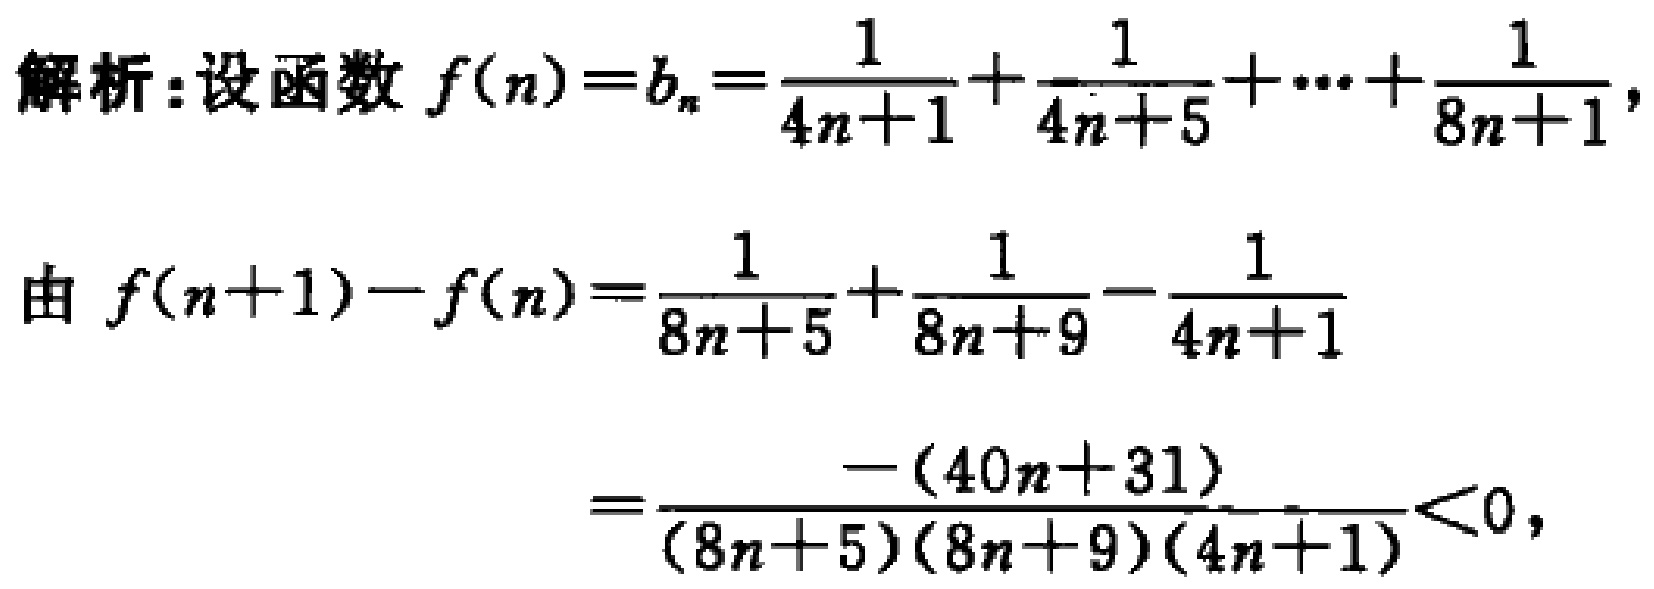
解析：设函数 \(f(n)=b_{n}=\frac{1}{4n + 1}+\frac{1}{4n + 5}+\cdots+\frac{1}{8n + 1}\)，
由 \(f(n + 1)-f(n)=\frac{1}{8n + 5}+\frac{1}{8n + 9}-\frac{1}{4n + 1}\)
\(=\frac{-(40n + 31)}{(8n + 5)(8n + 9)(4n + 1)}<0\)，